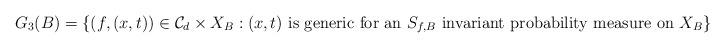
LaTeX: \begin{align*}G_3(B) = \{ (f,(x,t)) \in \mathcal{C}_d \times X_B : (x,t) \textrm{ is generic for an } S_{f,B} \textrm{ invariant probability measure on } X_B \}\end{align*}